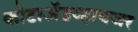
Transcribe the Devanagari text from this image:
कोटाॲडव्हायजर